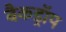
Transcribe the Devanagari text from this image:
बैकड्राॅप